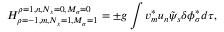
H _ { \rho = - 1 , m , N _ { s } = 1 , M _ { \sigma } = 1 } ^ { \rho = 1 , n , N _ { s } = 0 , M _ { \sigma } = 0 } = \pm g \int v _ { m } ^ { * } u _ { n } { \tilde { \psi } } _ { s } \delta \phi _ { \sigma } ^ { * } d \tau ,